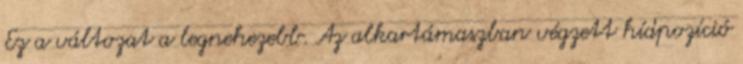
Ez a változat a legnehezebb. Az alkartámaszban végzett hídpozíció